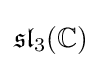
{\mathfrak {sl}}_{3}(\mathbb {C} )